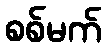
စစ်မက်